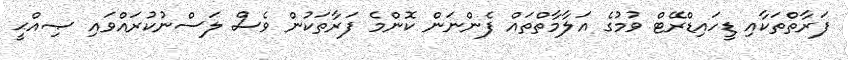
ފަރާތްތަކާއި ޑީހައިޑްރޭޓް ވުމުގެ އަލާމާތްތައް ފެންނަން ކޮންމެ ފަރާތަކުން ވެސް ލަސްނުކުރައްވައި ޞިއްޙީ